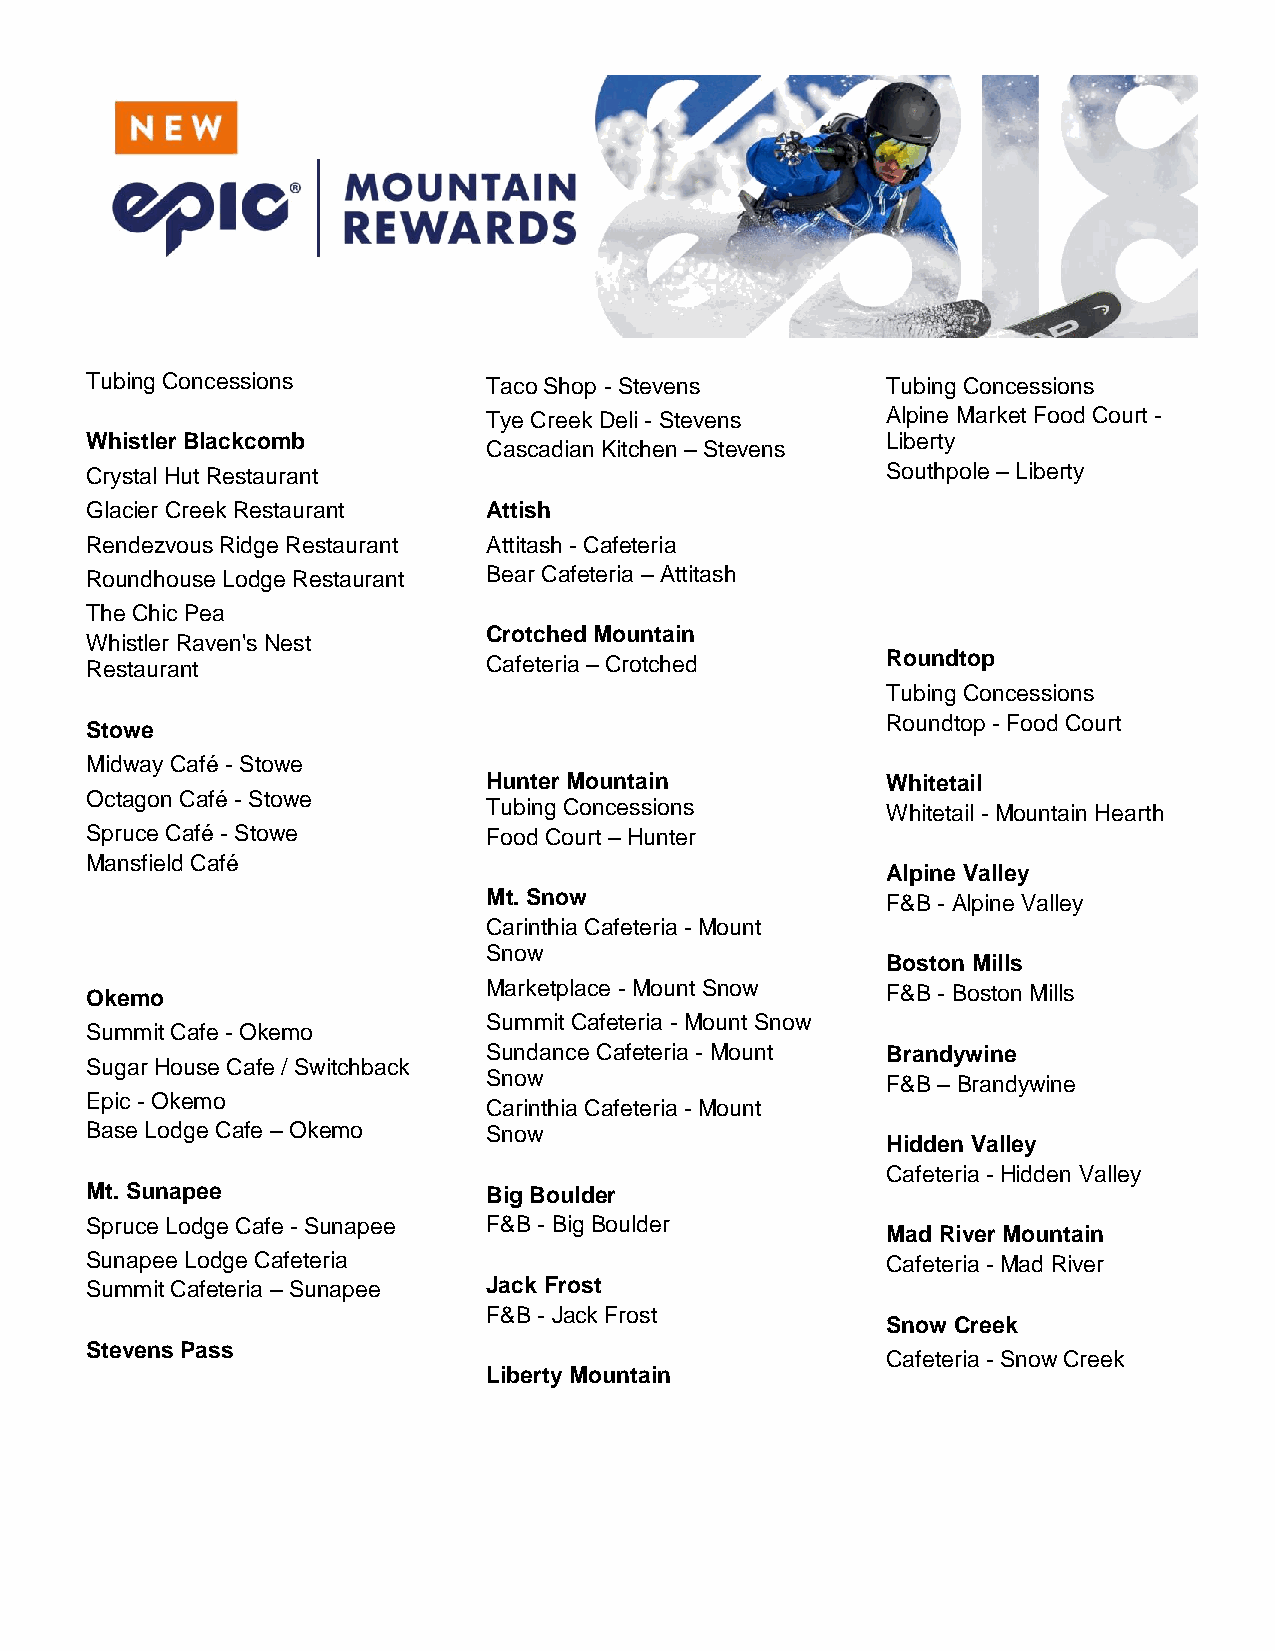
Tubing Concessions        Taco Shop - Stevens        Tubing Concessions
 Tye Creek Deli - Stevens   Alpine Market Food Court -
 Whistler Blackcomb                                   Liberty
 Cascadian Kitchen – Stevens
 Crystal Hut Restaurant                               Southpole – Liberty
 Glacier Creek Restaurant  Attish
 Rendezvous Ridge Restaurant Attitash - Cafeteria
 Roundhouse Lodge Restaurant Bear Cafeteria – Attitash
 The Chic Pea
 Crotched Mountain
 Whistler Raven's Nest
 Restaurant                Cafeteria – Crotched       Roundtop
 Tubing Concessions
 Roundtop - Food Court
 Stowe
 Midway Café - Stowe
 Hunter Mountain            Whitetail
 Octagon Café - Stowe
 Tubing Concessions         Whitetail - Mountain Hearth
 Spruce Café - Stowe       Food Court – Hunter
 Mansfield Café
 Alpine Valley
 Mt. Snow                   F&B - Alpine Valley
 Carinthia Cafeteria - Mount
 Snow
 Boston Mills
 Okemo                     Marketplace - Mount Snow   F&B - Boston Mills
 Summit Cafeteria - Mount Snow
 Summit Cafe - Okemo
 Sundance Cafeteria - Mount Brandywine
 Sugar House Cafe / Switchback
 Snow                       F&B – Brandywine
 Epic - Okemo
 Carinthia Cafeteria - Mount
 Base Lodge Cafe – Okemo   Snow
 Hidden Valley
 Cafeteria - Hidden Valley
 Mt. Sunapee               Big Boulder
 Spruce Lodge Cafe - Sunapee F&B - Big Boulder
 Mad River Mountain
 Sunapee Lodge Cafeteria                              Cafeteria - Mad River
 Summit Cafeteria – Sunapee Jack Frost
 F&B - Jack Frost
 Snow Creek
 Stevens Pass
 Cafeteria - Snow Creek
 Liberty Mountain